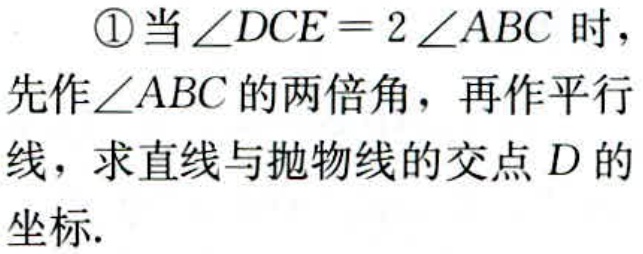
\textcircled{1}当\(\angle DCE = 2\angle ABC\)时，
先作\(\angle ABC\)的两倍角，再作平行
线，求直线与抛物线的交点\(D\)的
坐标.